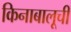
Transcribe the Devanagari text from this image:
किनाबालूची